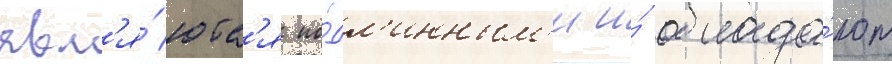
явл'я́ютс'я по́дл'инным'и и́ облада́ют